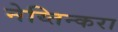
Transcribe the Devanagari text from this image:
नेय्तिन्करा